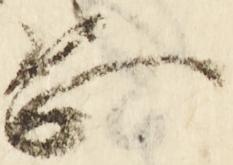
恐